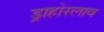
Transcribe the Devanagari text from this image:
ड्राहोस्लाव